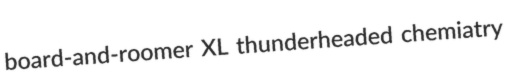
board-and-roomer XL thunderheaded chemiatry